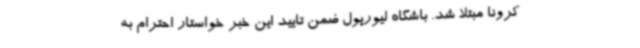
کرونا مبتلا شد. باشگاه لیورپول ضمن تایید این خبر خواستار احترام به